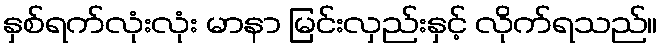
နှစ်ရက်လုံးလုံး မာနာ မြင်းလှည်းနှင့် လိုက်ရသည်။